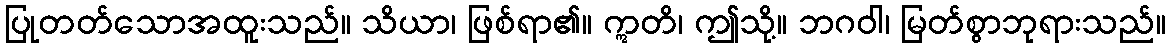
ပြုတတ်သောအထူးသည်။ သိယာ၊ ဖြစ်ရာ၏။ ဣတိ၊ ဤသို့။ ဘဂဝါ၊ မြတ်စွာဘုရားသည်။